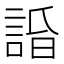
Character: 𧨥